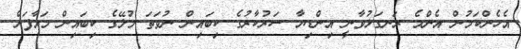
އެހެންކަމުން އެންމެ ރަނގަޅުވާނީ އިންޑިޔާ ސަރުކާރުގެ ކިބައިން ނުވަތަ މުލޭގެ ކިބައިން މައާފަށް